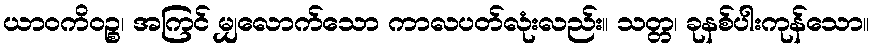
ယာဝကိဝဉ္စ၊ အကြင် မျှလောက်သော ကာလပတ်လုံးလည်း။ သတ္တ၊ ခုနစ်ပါးကုန်သော။